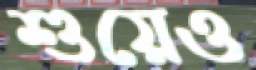
শুয়েও